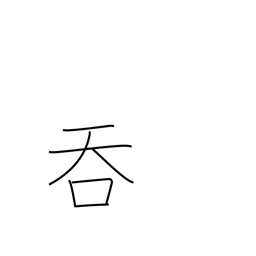
Meaning: annex